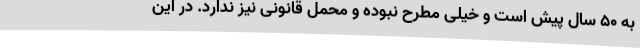
به 50 سال پیش است و خیلی مطرح نبوده و محمل قانونی نیز ندارد. در این